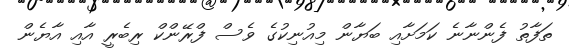
ތަފާތު ފެންނާނެ ކަމަށާއި ބަޔާން މިއުނިކުގެ ވެސް ފްރޭންކް ރިބެރީ އާއި އާޔެން